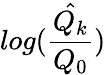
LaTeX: log(\hat{\frac{Q_{k}}{Q_{0}}})